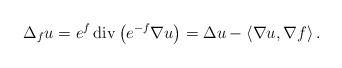
LaTeX: \begin{align*}\Delta_{f}u=e^{f}\operatorname{div}\left( e^{-f}\nabla u\right)=\Delta u -\left\langle \nabla u, \nabla f\right\rangle.\end{align*}